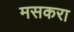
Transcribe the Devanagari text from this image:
मसकरा